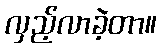
လှည့်လာခဲ့တာ။